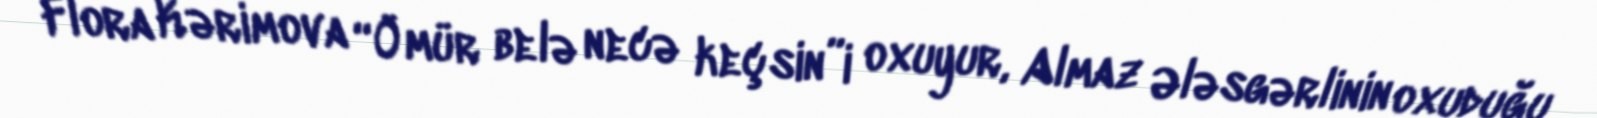
- Flora Kərimova “Ömür belə necə keçsin”i oxuyur, Almaz Ələsgərlinin oxuduğu